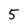
Character: 5